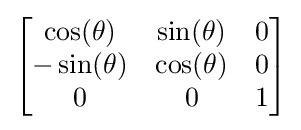
{\begin{bmatrix}\cos(\theta )&\sin(\theta )&0\\-\sin(\theta )&\cos(\theta )&0\\0&0&1\end{bmatrix}}